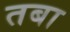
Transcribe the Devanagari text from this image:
तबा